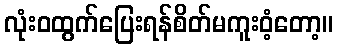
လုံးဝထွက်ပြေးရန်စိတ်မကူးဝံ့တော့။